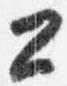
公